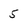
Character: 5